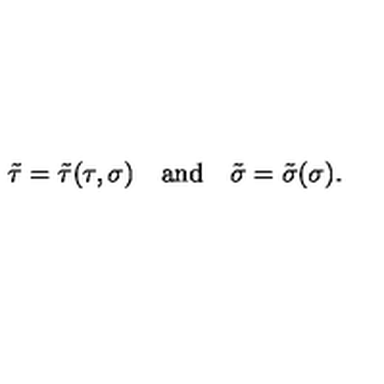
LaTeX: \tilde { \tau } = \tilde { \tau } ( \tau , \sigma ) \quad \mathrm { a n d } \quad \tilde { \sigma } = \tilde { \sigma } ( \sigma ) .